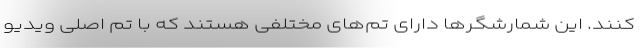
کنند. این شمارشگرها دارای تم‌های مختلفی هستند که با تم اصلی ویدیو